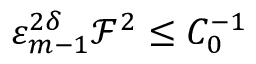
\varepsilon _ { m - 1 } ^ { 2 \delta } \mathcal { F } ^ { 2 } \leq C _ { 0 } ^ { - 1 }